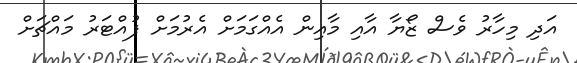
އަދި މިހާރު ވެސް ޒޯޔާ އާއި މާއިން އެއްގަމަށް އެރުމަށް ފުއްޓަރު މައްޗަށް